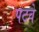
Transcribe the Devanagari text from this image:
पटवे